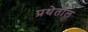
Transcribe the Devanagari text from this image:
प्रथेतील